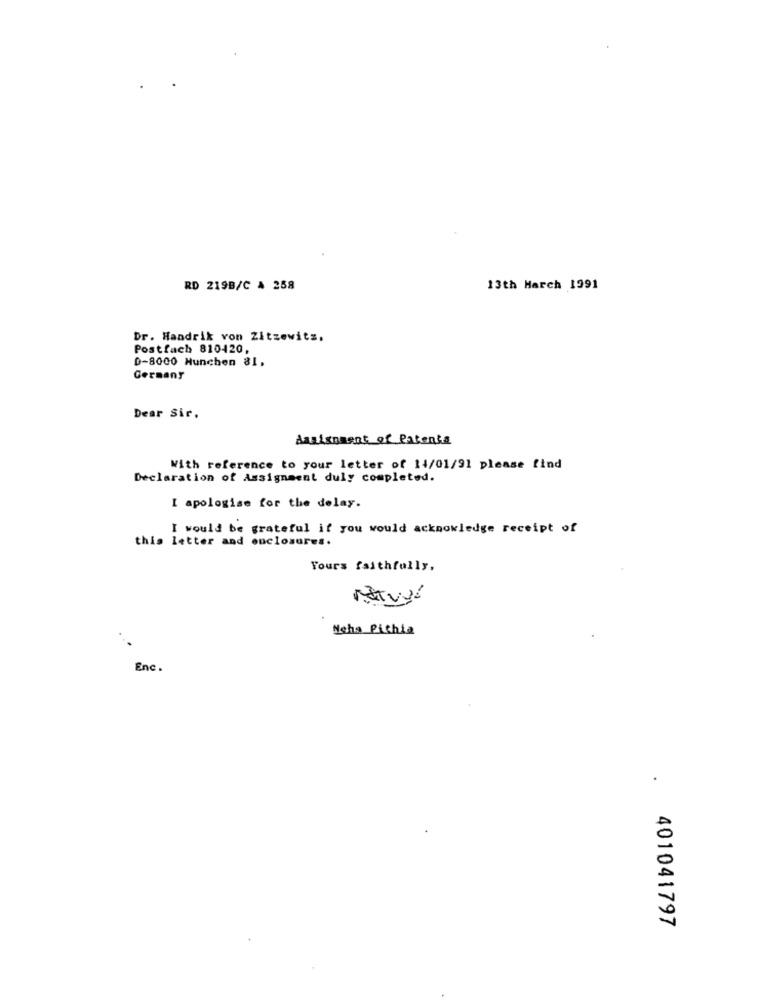
RD 219B/C A 258
13th March 1991
Dr. Handrik von Zitzewits.
Postfach 810420,
D-8000 Munchen 81,
Germany
Dear Sir.
Assignment of Patenta
With reference to your letter of 14/01/91 please find
Declaration of Assignment duly completed.
I apologise for the delay.
I would be grateful if you would acknowledge receipt of
this letter and enclosures.
Yours faithfully,
Neha Pithia
Enc.
401041797